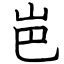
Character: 岜